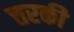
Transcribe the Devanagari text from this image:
त्तरकी